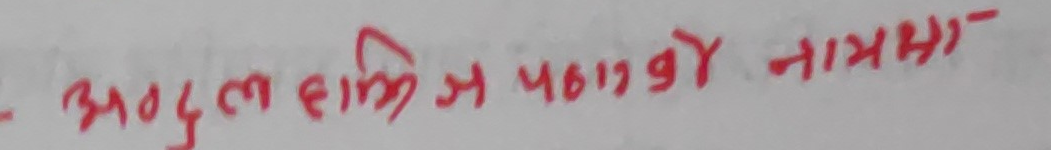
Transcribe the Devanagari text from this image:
अब्दुल हाफिज ज पठाको नामा-